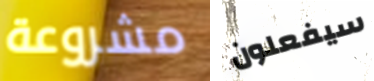
مشروعة سيفعلون